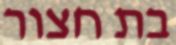
בת חצור